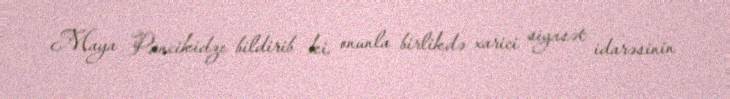
Maya Pancikidze bildirib ki, onunla birlikdə xarici siyasət idarəsinin